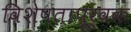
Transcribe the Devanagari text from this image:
विशेषतापूर्वक